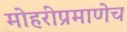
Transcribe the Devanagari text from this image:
मोहरीप्रमाणेच